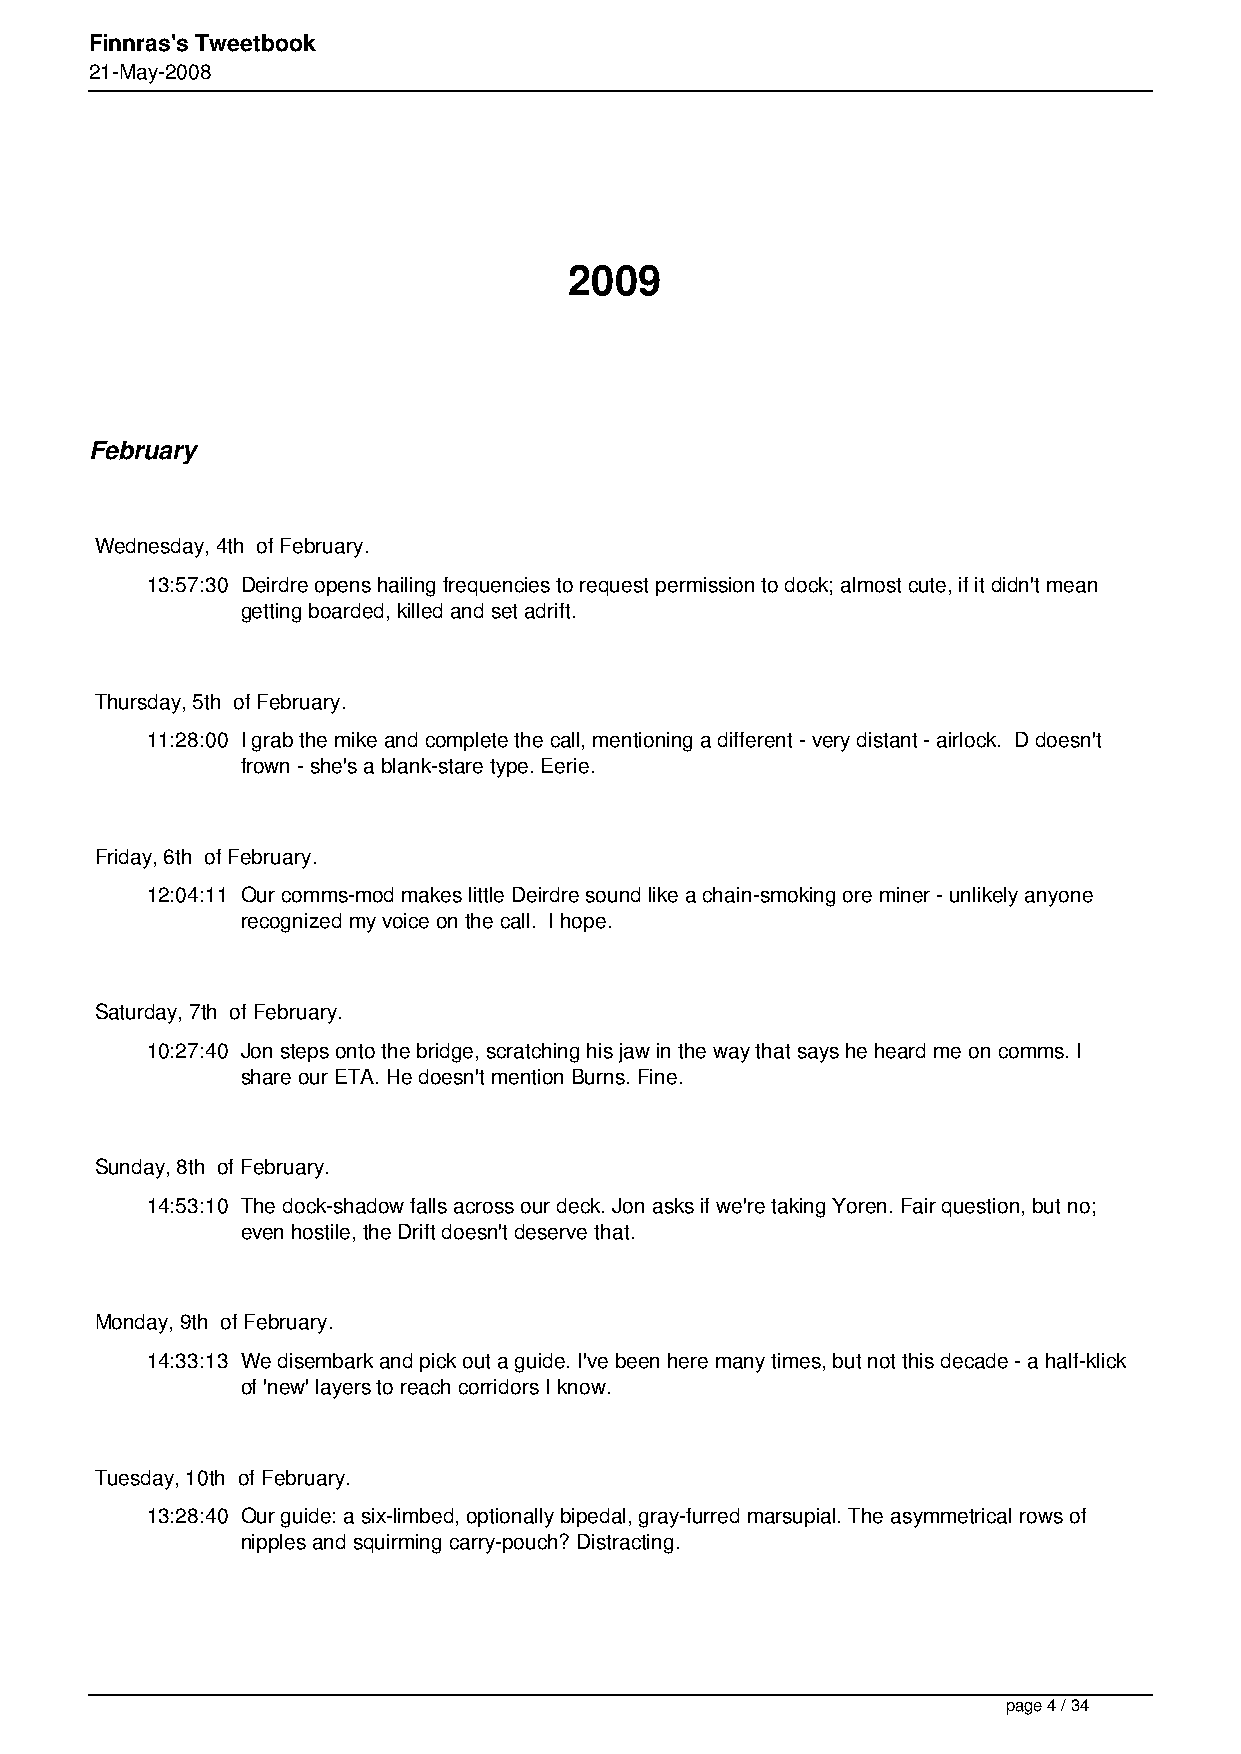
Finnras's Tweetbook
 21-May-2008
 2009
 February
 Wednesday, 4th of February.
 13:57:30 Deirdre opens hailing frequencies to request permission to dock; almost cute, if it didn't mean
 getting boarded, killed and set adrift.
 Thursday, 5th of February.
 11:28:00 I grab the mike and complete the call, mentioning a different - very distant - airlock. D doesn't
 frown - she's a blank-stare type. Eerie.
 Friday, 6th of February.
 12:04:11 Our comms-mod makes little Deirdre sound like a chain-smoking ore miner - unlikely anyone
 recognized my voice on the call. I hope.
 Saturday, 7th of February.
 10:27:40 Jon steps onto the bridge, scratching his jaw in the way that says he heard me on comms. I
 share our ETA. He doesn't mention Burns. Fine.
 Sunday, 8th of February.
 14:53:10 The dock-shadow falls across our deck. Jon asks if we're taking Yoren. Fair question, but no;
 even hostile, the Drift doesn't deserve that.
 Monday, 9th of February.
 14:33:13 We disembark and pick out a guide. I've been here many times, but not this decade - a half-klick
 of 'new' layers to reach corridors I know.
 Tuesday, 10th of February.
 13:28:40 Our guide: a six-limbed, optionally bipedal, gray-furred marsupial. The asymmetrical rows of
 nipples and squirming carry-pouch? Distracting.
 page 4 / 34